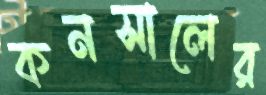
কনসালের